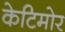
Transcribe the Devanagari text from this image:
केटिमोर